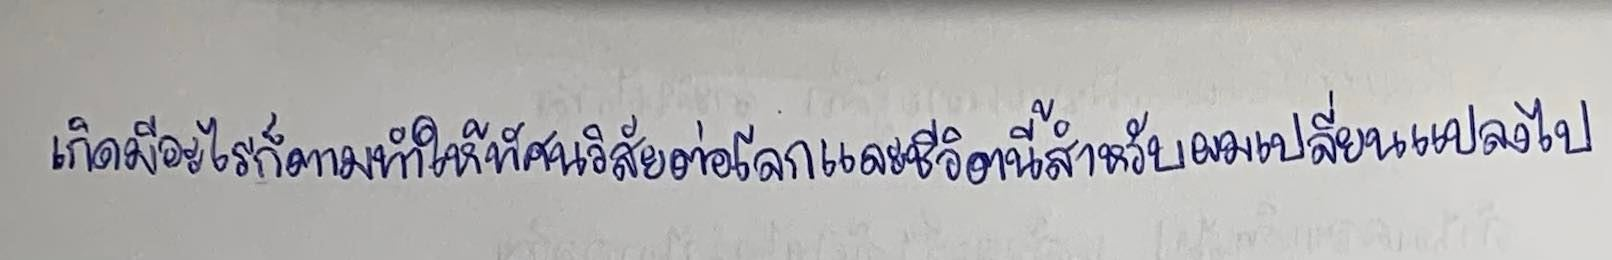
เกิดมีอะไรก็ตามทำให้ทัศนวิสัยต่อโลกและชีวิตนี้สำหรับผมเปลี่ยนแปลงไป